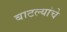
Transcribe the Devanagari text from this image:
बाटल्यांचे